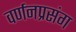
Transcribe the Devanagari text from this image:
वर्णनप्रसंग